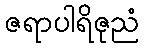
ဇရာပါရိဇုညံ